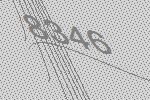
8346